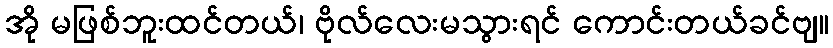
အို မဖြစ်ဘူးထင်တယ်၊ ဗိုလ်လေးမသွားရင် ကောင်းတယ်ခင်ဗျ။